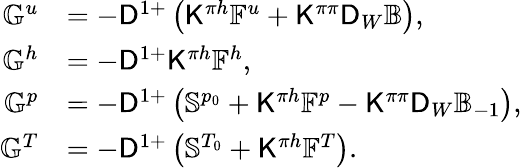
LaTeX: \begin{array}{rl}{\mathbb{G}^{u}}&{=-\mathsf{D}^{1+}\left(\mathsf{K}^{\pi h}\mathbb{F}^{u}+\mathsf{K}^{\pi\pi}\mathsf{D}_{W}\mathbb{B}\right),}\\ {\mathbb{G}^{h}}&{=-\mathsf{D}^{1+}\mathsf{K}^{\pi h}\mathbb{F}^{h},}\\ {\mathbb{G}^{p}}&{=-\mathsf{D}^{1+}\left(\mathbb{S}^{p_{0}}+\mathsf{K}^{\pi h}\mathbb{F}^{p}-\mathsf{K}^{\pi\pi}\mathsf{D}_{W}\mathbb{B}_{-1}\right),}\\ {\mathbb{G}^{T}}&{=-\mathsf{D}^{1+}\left(\mathbb{S}^{T_{0}}+\mathsf{K}^{\pi h}\mathbb{F}^{T}\right).}\end{array}